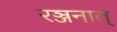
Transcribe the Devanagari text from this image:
रञ्जनात्